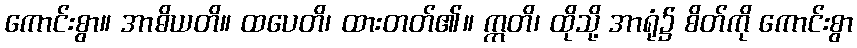
ကောင်းစွာ။ အာဓိယတိ။ ထပေတိ၊ ထားတတ်၏။ ဣတိ၊ ထိုသို့ အာရုံ၌ စိတ်ကို ကောင်းစွာ